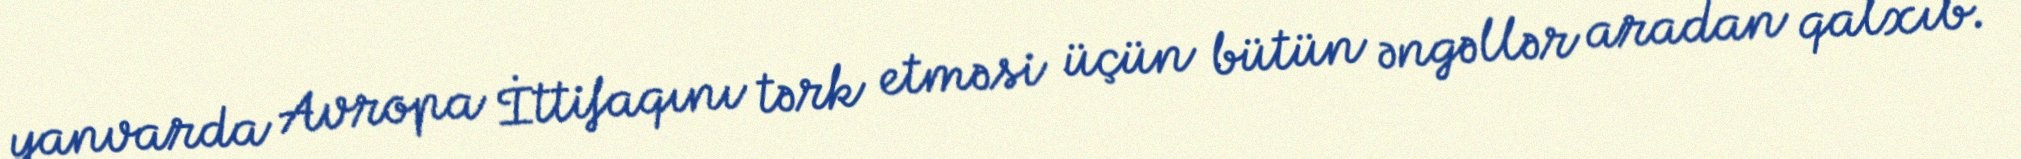
yanvarda Avropa İttifaqını tərk etməsi üçün bütün əngəllər aradan qalxıb.